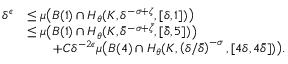
\begin{array} { r l } { \delta ^ { \epsilon } } & { \leq \mu \big ( B ( 1 ) \cap H _ { \theta } ( K , \delta ^ { - \sigma + \zeta } , [ \delta , 1 ] ) \big ) } \\ & { \leq \mu \big ( B ( 1 ) \cap H _ { \theta } ( K , \bar { \delta } ^ { - \sigma + \bar { \zeta } } , [ \bar { \delta } , 5 ] ) \big ) } \\ & { \qquad + C \delta ^ { - 2 \epsilon } \mu \big ( B ( 4 ) \cap H _ { \theta } ( K , \left( \delta / \bar { \delta } \right) ^ { - \sigma } , [ 4 \delta , 4 \bar { \delta } ] ) \big ) . } \end{array}